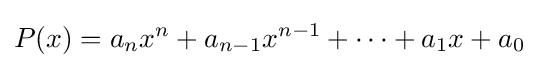
P(x)=a_{n}x^{n}+a_{n-1}x^{n-1}+\cdots +a_{1}x+a_{0}